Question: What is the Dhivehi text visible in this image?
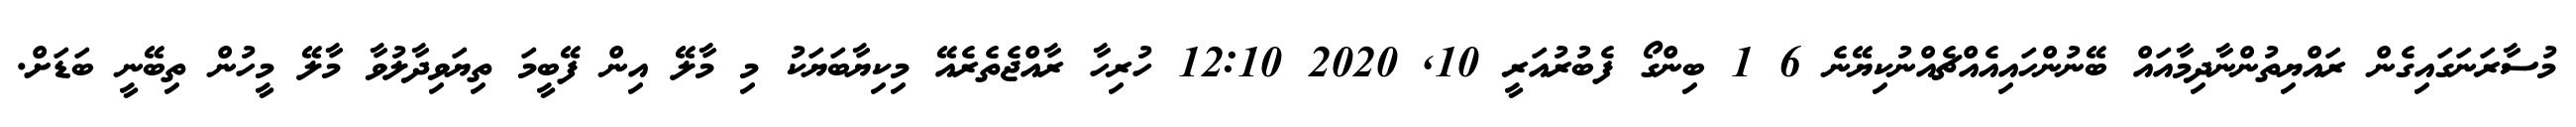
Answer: މުސާރަނަގައިގެން ރައްޔިތުންނާދިމާއައް ބޭނުންހައިއެއްޗެއްނުކިޔޭނެ 6 1 ބިންގޯ ފެބުރުއަރީ 10, 2020 12:10 ހުރިހާ ރާއްޖެތެރެއޭ މިކިޔާބަޔަކު މި މާލޭ އިން ފޭބީމަ ތިޔަވިދާލުވާ މާލޭ މީހުން ތިބޭނީ ބަޑަށް.